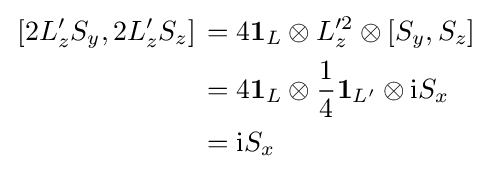
{\begin{aligned}\left.[2L_{z}'S_{y},2L_{z}'S_{z}]\right.&=4\mathbf {1} _{L}\otimes L_{z}'^{2}\otimes [S_{y},S_{z}]\\&=4\mathbf {1} _{L}\otimes {\frac {1}{4}}\mathbf {1} _{L'}\otimes \mathrm {i} S_{x}\\&=\mathrm {i} S_{x}\end{aligned}}